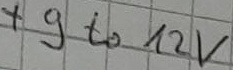
Text: +9 to 12V